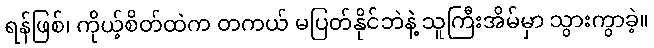
ရန်ဖြစ်၊ ကိုယ့်စိတ်ထဲက တကယ် မပြတ်နိုင်ဘဲနဲ့ သူကြီးအိမ်မှာ သွားကွာခဲ့။